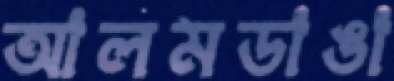
আলমডাঙা